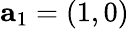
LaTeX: {\mathbf a_{1}}=(1,0)